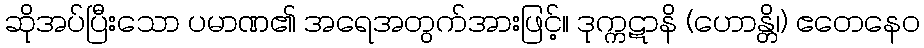
ဆိုအပ်ပြီးသော ပမာဏ၏ အရေအတွက်အားဖြင့်။ ဒုက္ကဋာနိ (ဟောန္တိ၊) ဧတေနေဝ